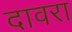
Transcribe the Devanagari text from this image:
दावरा